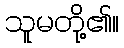
သူမတို့၏။